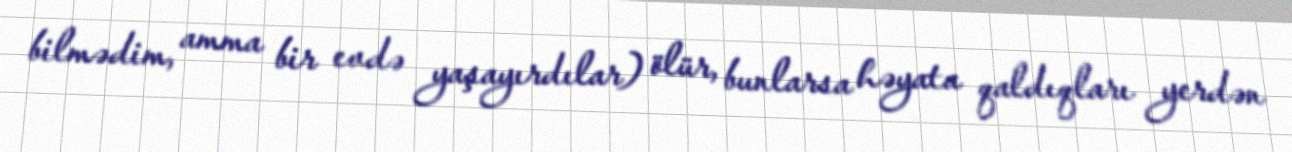
bilmədim, amma bir evdə yaşayırdılar) ölür, bunlarsa həyata qaldıqları yerdən